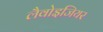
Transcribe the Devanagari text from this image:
लैवोइजियर